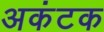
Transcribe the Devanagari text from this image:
अकंटक